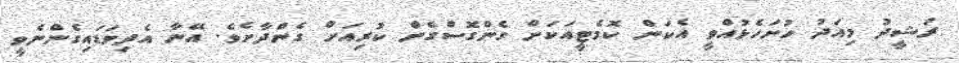
ރަޝީދު މިއަދު ހުށަހެޅުއްވީ އެކަން ކޮމެޓީއަކަށް ގެންގޮސްގެން ކުރިއަށް ގެންދާށެވެ. އޭނާ އެދިވަޑައިގެންނެވީ